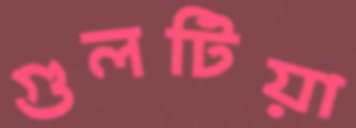
গুলটিয়া